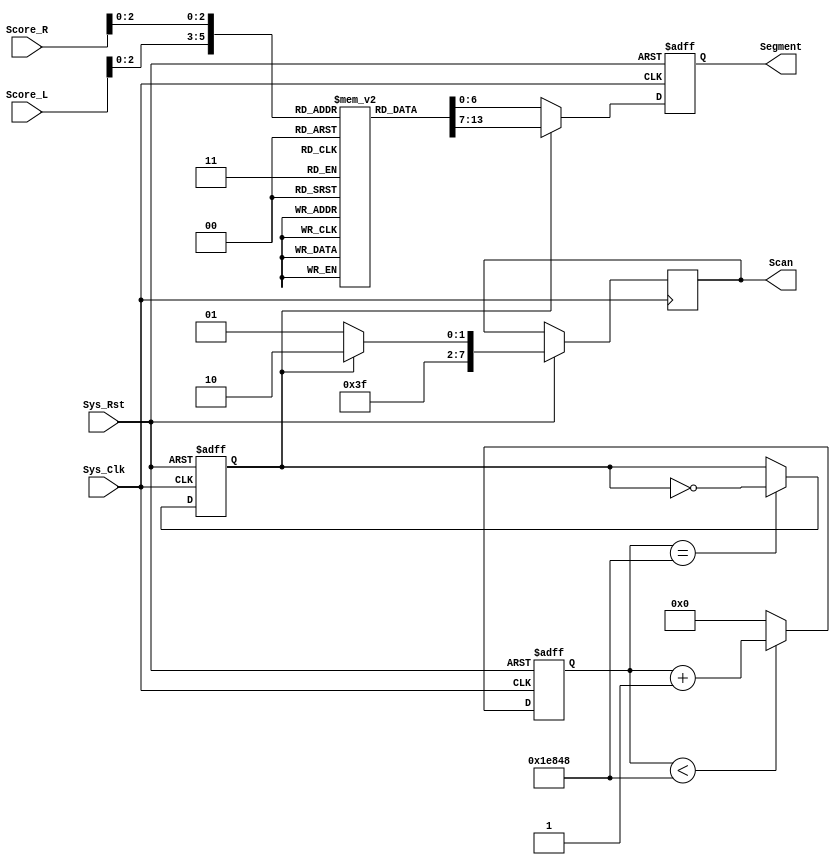
module Segment(
	input  		 Sys_Clk,
	input        Sys_Rst,
	input  [3:0] Score_L,
	input  [3:0] Score_R,
	output reg [6:0] Segment,
	output reg [7:0] Scan
	);
	
	reg [23:0]Cnt_200Hz;
	reg [6:0] seg [5:0];//
	reg [0:0] Clk_200Hz;
	
	parameter Divider = 24'h1E848;
	
	initial begin
		seg[0] = 7'h3f;	   //  0
		seg[1] = 7'h06;	   //  1
		seg[2] = 7'h5b;	   //  2
		seg[3] = 7'h4f;	   //  3
		seg[4] = 7'h66;	   //  4
		seg[5] = 7'h6d;	   //  5
	end
	
	always@(posedge Sys_Clk or negedge Sys_Rst)begin
		if(!Sys_Rst)
			Cnt_200Hz <= 0;
		else if(Cnt_200Hz < Divider)
			Cnt_200Hz <= Cnt_200Hz+1'b1;
	    else
			Cnt_200Hz <= 24'b0;
	end
	
	always@(posedge Sys_Clk or negedge Sys_Rst)begin
		if(!Sys_Rst)
			Clk_200Hz <= 1'b0;
		else if(Cnt_200Hz == Divider)
			Clk_200Hz <= ~Clk_200Hz;
	    else
			Clk_200Hz <= Clk_200Hz;
	end

	always@(posedge Sys_Clk or negedge Sys_Rst)begin
		if(!Sys_Rst)
            Segment <= 7'h00;
		else if(Clk_200Hz)begin
			Segment <= seg[Score_L];
			Scan <= 8'hFE;
		end
		else if(!Clk_200Hz)begin
			Segment <= seg[Score_R];
			Scan <= 8'hFD;
		end
		else
            Segment <= Segment;
	end
	
endmodule